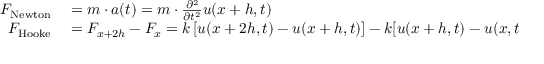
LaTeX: \begin{array} { r l } { F _ { \mathrm { { N e w t o n } } } } & { { } = m \cdot a ( t ) = m \cdot { \frac { \partial ^ { 2 } } { \partial t ^ { 2 } } } u ( x + h , t ) } \\ { F _ { \mathrm { { H o o k e } } } } & { { } = F _ { x + 2 h } - F _ { x } = k \left[ { u ( x + 2 h , t ) - u ( x + h , t ) } \right] - k [ u ( x + h , t ) - u ( x , t ) ] } \end{array}